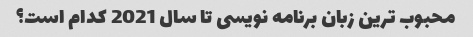
محبوب ترین زبان برنامه نویسی تا سال 2021 کدام است؟